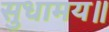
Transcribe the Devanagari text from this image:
सुधामय॥